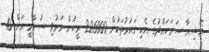
އޭޝިއާ ސަރަހައްދުގެ އެކި ގައުމުތަކުން 226000 މީހުން މަރުވި ސުނާމީ އަށް 10